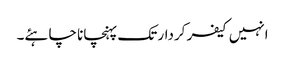
انہیں کیفر کردار تک پہنچانا چاہئے۔